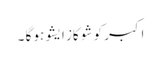
اکبر کو شو کاز ایشو ہو گا ۔